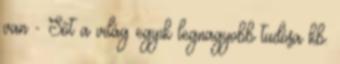
van - Sőt a világ egyik legnagyobb tudósa kb.